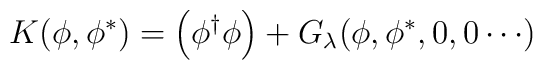
K(\phi,\phi^*)=\Big(\phi^\dagger\phi\Big)+G_\lambda(\phi,\phi^*,0,0\cdots)